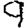
Digit: 9